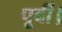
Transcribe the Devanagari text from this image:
पूर्वी।